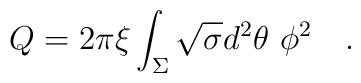
Q=2\pi \xi \int_{\Sigma}\sqrt{\sigma}d^2\theta~\phi^2~~~.